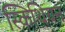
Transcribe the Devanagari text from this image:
स्किथियन